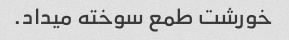
خورشت طمع سوخته میداد.